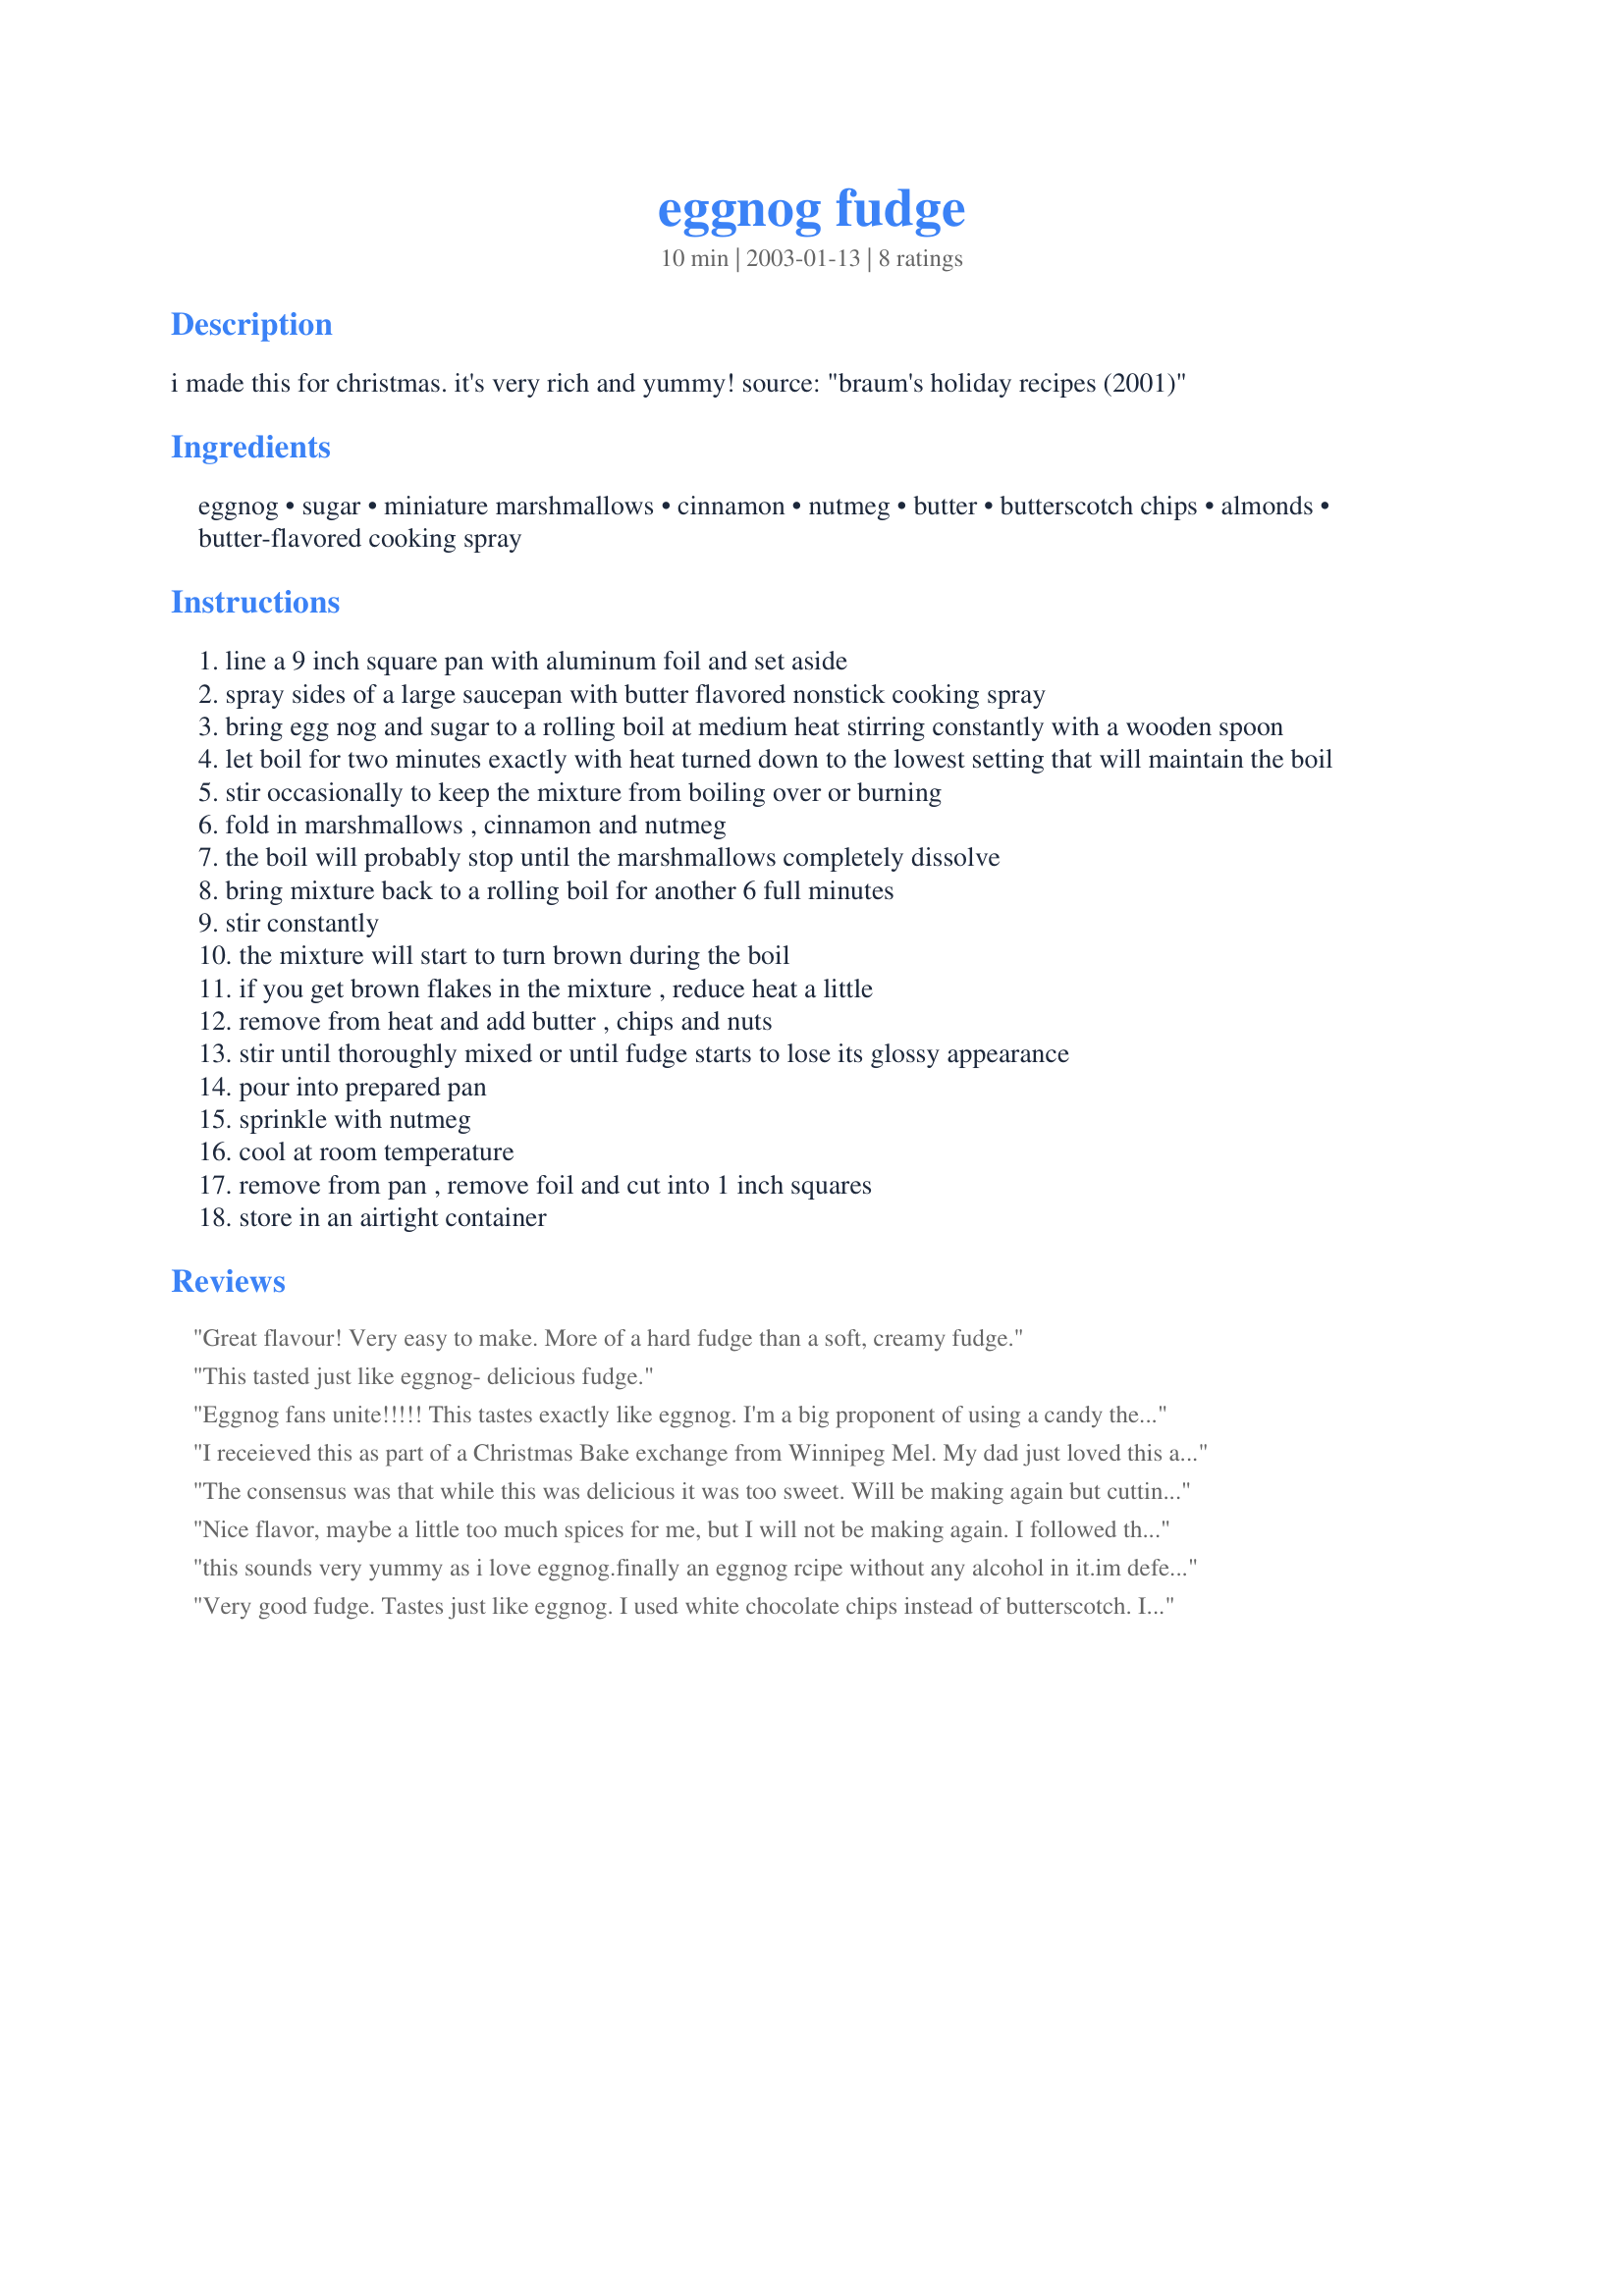
eggnog fudge
Preparation time: 10 minutes

i made this for christmas. it's very rich and yummy! source: "braum's holiday recipes (2001)"

Ingredients:
eggnog, sugar, miniature marshmallows, cinnamon, nutmeg, butter, butterscotch chips, almonds, butter-flavored cooking spray

Steps:
line a 9 inch square pan with aluminum foil and set aside
spray sides of a large saucepan with butter flavored nonstick cooking spray
bring egg nog and sugar to a rolling boil at medium heat stirring constantly with a wooden spoon
let boil for two minutes exactly with heat turned down to the lowest setting that will maintain the boil
stir occasionally to keep the mixture from boiling over or burning
fold in marshmallows , cinnamon and nutmeg
the boil will probably stop until the marshmallows completely dissolve
bring mixture back to a rolling boil for another 6 full minutes
stir constantly
the mixture will start to turn brown during the boil
if you get brown flakes in the mixture , reduce heat a little
remove from heat and add butter , chips and nuts
stir until thoroughly mixed or until fudge starts to lose its glossy appearance
pour into prepared pan
sprinkle with nutmeg
cool at room temperature
remove from pan , remove foil and cut into 1 inch squares
store in an airtight container

Reviews:
Great flavour! Very easy to make. More of a hard fudge than a soft, creamy fudge.
This tasted just like eggnog- delicious fudge.
Eggnog fans unite!!!!!
This tastes exactly like eggnog. I'm a big proponent of using a candy thermometer to make fudge, pralines, etc. so I was a little nervous about just using a "time" method. I have to say it came out perfect. I chose this recipe as an addition to my Christmas goodie boxes for a little something different and I think it will fit the bill.
I receieved this as part of a Christmas Bake exchange from Winnipeg Mel. My dad just loved this and could have eaten the whole batch himself, lol! Thanks for sharing this recipe, it is a great holiday treat :)
The consensus was that while this was delicious it was too sweet. Will be making again but cutting back on the sugar a bit.
Nice flavor, maybe a little too much spices for me, but I will not be making again.
I followed the instructions exactly and it didn't set up enough. The edges were ok, but the center was too soft that it made cutting and eating difficult.
this sounds very yummy as i love eggnog.finally an eggnog rcipe without any alcohol in it.im defently gonna give it a try.i'll rate it after i make it lol.
Very good fudge. Tastes just like eggnog. I used white chocolate chips instead of butterscotch. I also added some yellow food coloring, just to identify, added 1 cup cherries for the almonds.
